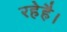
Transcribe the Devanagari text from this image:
रहेहै।